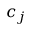
c _ { j }